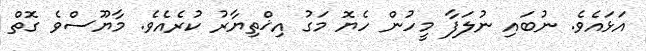
އަޅައެވެ. ނުބައި ނުލަފާ މީހުން ހެޔޮ މަގު އިޚްތިޔާރު ކުރެއެވެ. މާޔޫސްވެ ގޮތް